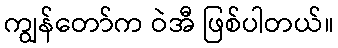
ကျွန်တော်က ဝဲအီ ဖြစ်ပါတယ်။